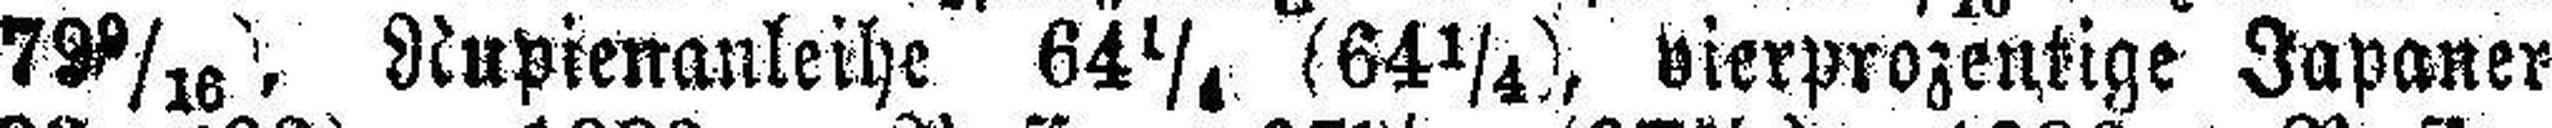
79 9/16, Nupienanleihe 64¼ (64¼), vierprozentige Japaner